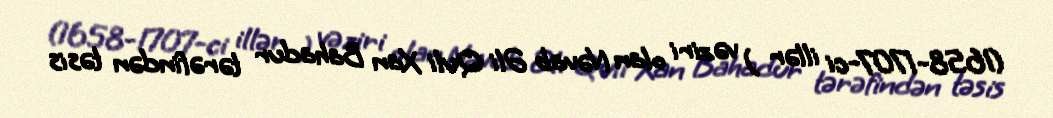
(1658-1707-ci illər ) vəziri olan Nəvab Əli Quli Xan Bahadur tərəfindən təsis